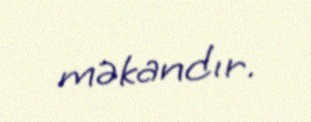
məkandır.